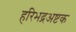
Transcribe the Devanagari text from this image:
हरिभद्रअष्टक